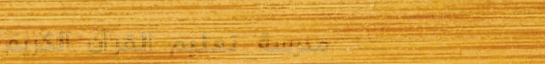
مدرسة تعليم القرآن الكريم